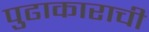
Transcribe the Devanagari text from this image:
पुढाकाराची